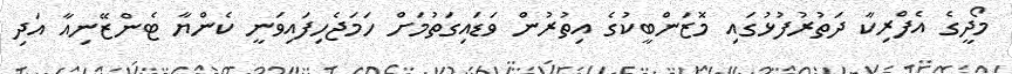
މޯދީގެ އެފްރިކާ ދަތުރުފުޅުގައި މޮޒަންބީކުގެ އިތުރުން ވަޑައިގަތުމަށް ހަމަޖެހިފައިވަނީ ކެންޔާ ޓެންޒޭނިއާ އަދި